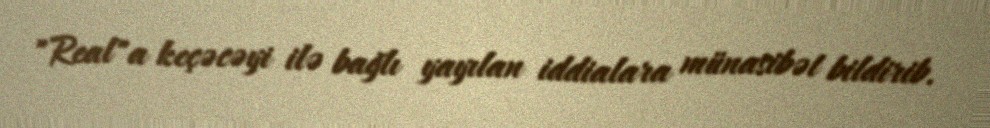
"Real"a keçəcəyi ilə bağlı yayılan iddialara münasibət bildirib.